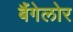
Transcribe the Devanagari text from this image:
बैंगेलोर